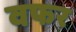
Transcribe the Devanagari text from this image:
वफर